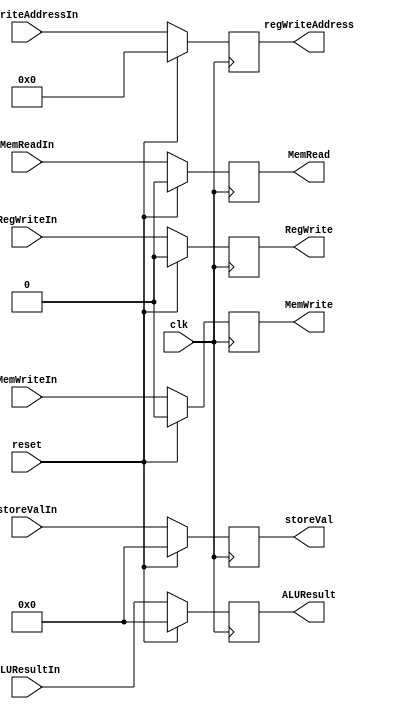
//==========================================//
// Registrador de Pipeline - EX/MEM - "not" //
//==========================================//

module rEXMEM(
	input wire        clk,
	input wire        reset,

	input wire        RegWriteIn,             //Control - WB
    input wire        MemReadIn, MemWriteIn,  //Control - MEM
    input wire [31:0] ALUResultIn,
    input wire [31:0] storeValIn,
    input wire  [4:0] regWriteAddressIn,

    output reg        RegWrite,             //Control - WB
    output reg        MemRead, MemWrite,    //Control - MEM
    output reg [31:0] ALUResult,
    output reg [31:0] storeVal,
    output reg  [4:0] regWriteAddress
);

	always @(posedge clk) begin
        if (reset) begin
            { RegWrite, MemRead, MemWrite, ALUResult, storeVal, regWriteAddress } <= 0;
        end else begin
            RegWrite 		<= RegWriteIn;
            MemRead 		<= MemReadIn;
            MemWrite 		<= MemWriteIn;
            ALUResult 		<= ALUResultIn;
            storeVal 		<= storeValIn;
            regWriteAddress <= regWriteAddressIn;
        end
    end

endmodule